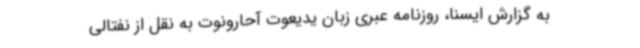
به گزارش ایسنا، روزنامه عبری زبان یدیعوت آحارونوت به نقل از نفتالی